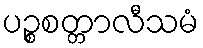
ပဉ္စစတ္တာလီသမံ